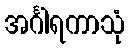
အင်္ဂါရကာသုံ